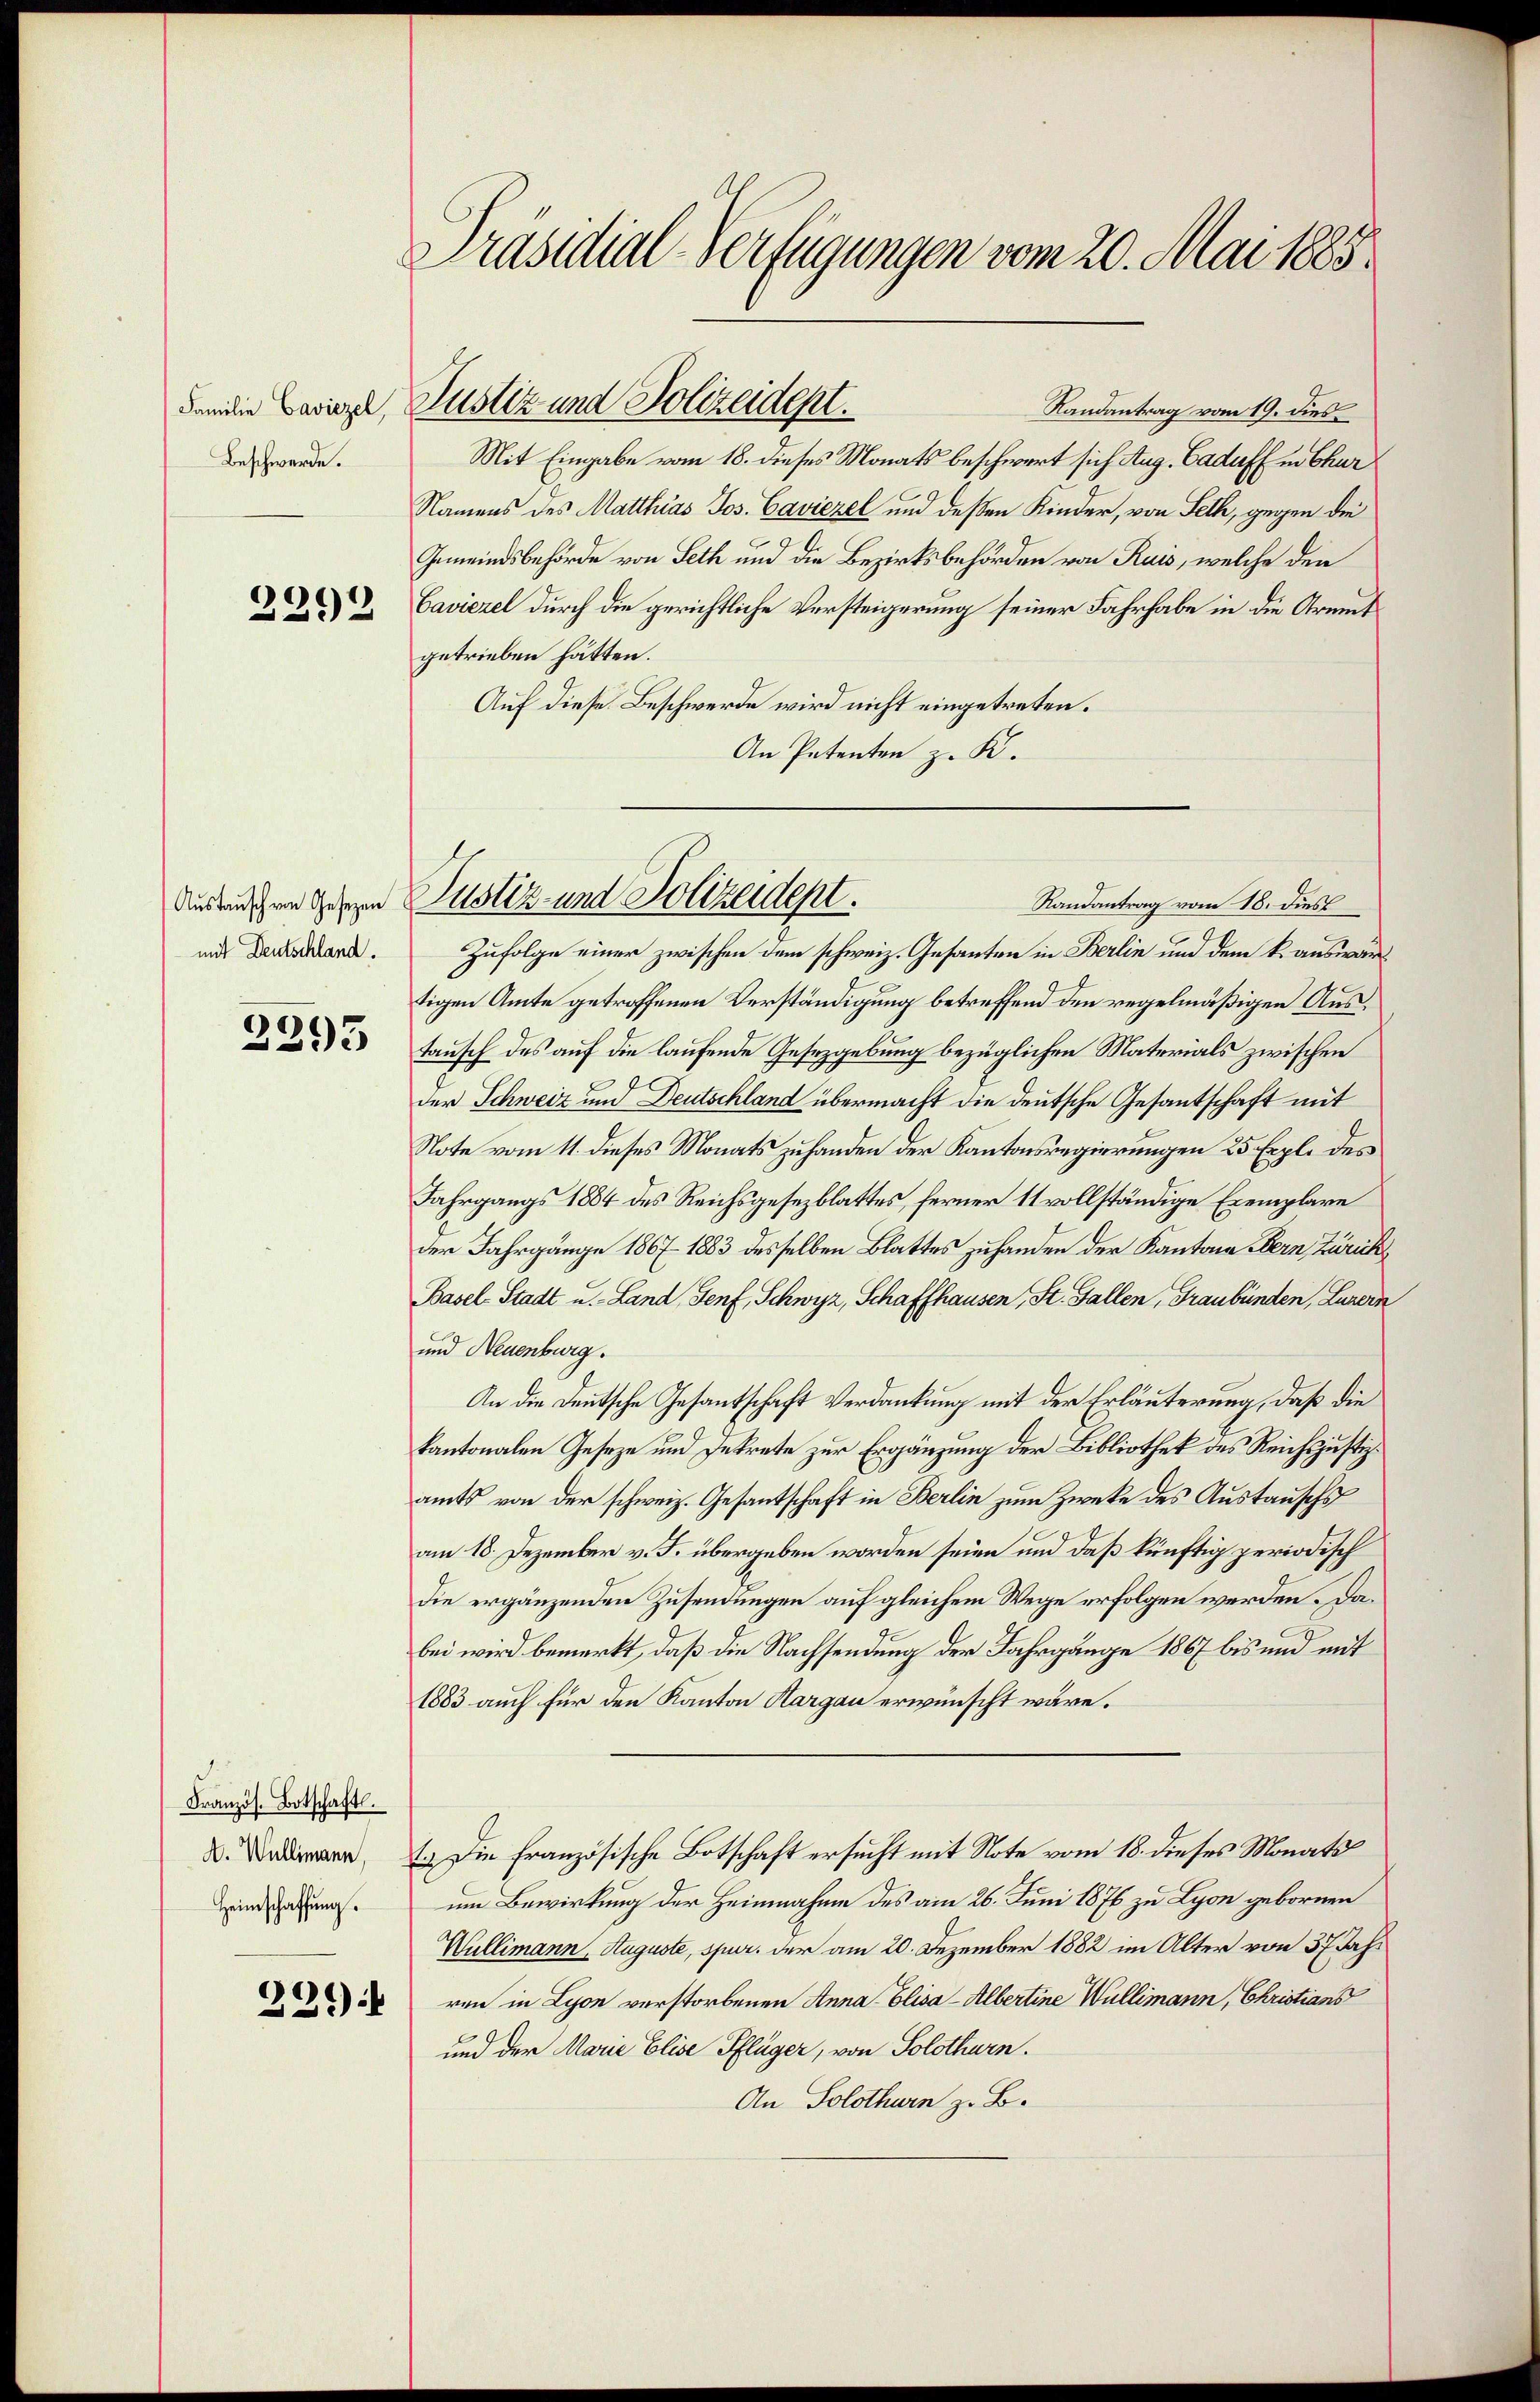
Familie Caviezel,
Beschwerde.

2292

Austausch von Gesezen
mit Deutschland.

2293

Französ. Botschaft.
A. Wallimann,
Heimschaffung.

239):

Präsidial-Verfügungen vom 20. Mai 1885.

Justiz und Polizeidept.

Randantrag vom 19. dies
Mit Eingabe vom 18. dieses Monats beschwert sich Aug. Cadaff in Chur
Namens des Matthias Jos. Caviezel und deßen Kinder, von Seth, gegen die
Gemeindsbehörde von Seth und die Bezirksbehörden von Ruis, welche den
Caviezel durch die gerichtliche Versteigerung seiner Fahrhabe in die Armutgetrieben hätten.
Auf diese Beschwerde wird nicht eingetreten.
An Petenten z. K.
Zufolge einer zwischen dem schweiz. Gesanten in Berlin und dem k. auswärtigen Amte getroffenen Verständigung betreffend den regelmäßigen Austausch des auf die laufende Gesetzgebung bezüglichen Materials zwischen
der Schweiz und Deutschland übermacht die deutsche Gesantschaft mit
Note vom 11. dieses Monats zuhanden der Kantonsregierungen 25 Exple des
Fahrgangs 1884 des Reichsgesezblattes, ferner 11 vollständige Exemplare
der Jahrgänge 1867. 1883 desselben Blattes zuhanden der Kantone Bern, Zürich
Basel-Stadt u. - Land, Genf, Schwyz, Schaffhausen, St. Gallen, Graubünden, Luzern
und Neuenburg.
An die Deutsche Gesantschaft Verdankung mit der Erläuterung, daß die
kantonalen Geseze und Intrete zur Ergänzung der Bibliothek des Reichsjustizamts von der schweiz. Gesantschaft in Berlin zum Zwecke des Austausch
am 18. Dezember v. J. übergeben worden seien und daß künftig periodisch
die ergänzenden Zusendungen auf gleichem Wege erfolgen werden Dabei wird bemerkt, daß die Nachsendung der Jahrgänge 1867 bis und mit
1883 auch für den Kanton Hargau erwünscht wäre.
1.) Die französische Botschaft ersucht mit Note vom 18. dieses Monats
um Bewirkung der Heimnahme des am 26. Juni 1876 zu Lyon gebornen
Wullimann, Auguste, spur. der am 20. Dezember 1882 im Alter von 37 Jahren in Lyon verstorbenen Anna Elisa-Albertine Wullimann, Christians
l
und der Marie Elise Pflüger, von Solothurn.
An Solothurn z. B.

Justiz und Polizeidept.
Randantrag vom 18. dies